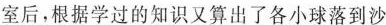
室后，根据学过的知识又算出了各小球落到沙